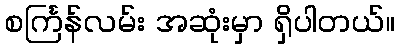
စင်္ကြန်လမ်း အဆုံးမှာ ရှိပါတယ်။